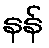
နန်